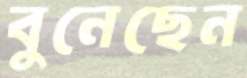
বুনেছেন